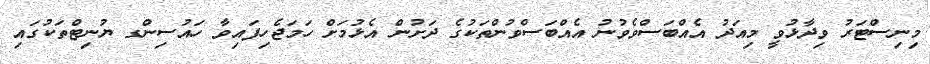
މިނިސްޓަރު ވިދާޅުވީ މިއަދު އެއްބަސްވެވުނު އެއްބަސްވުންތަކުގެ ދަށުން އެޅުމަށް ހަަމަޖެހިފައިވާ ހައުސިންގ ޔުނިޓްތަކުގައި